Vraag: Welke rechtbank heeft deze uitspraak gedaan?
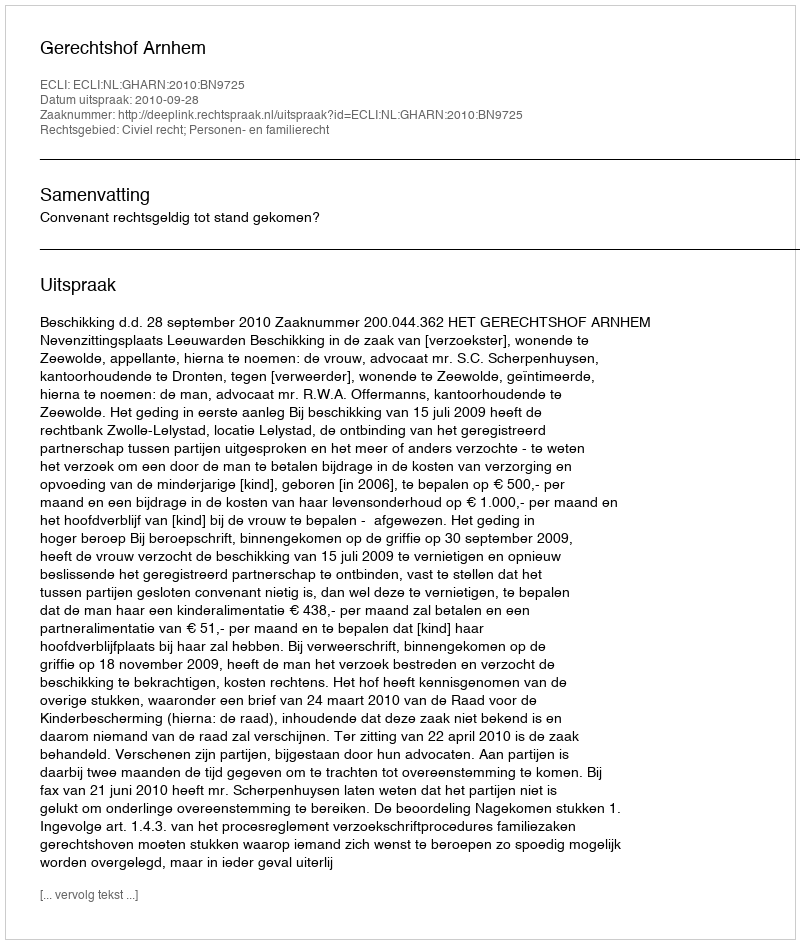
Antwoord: Gerechtshof Arnhem